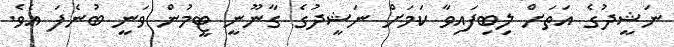
ނަޝީދުގެ އަތަަށް ލިބިފައިވާ ކަމަށް ނަޝީދުގެ ގާނޫނީ ޓީމުން ވަނީ ބުނެފަ އެވެ.